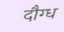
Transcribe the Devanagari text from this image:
दौग्ध